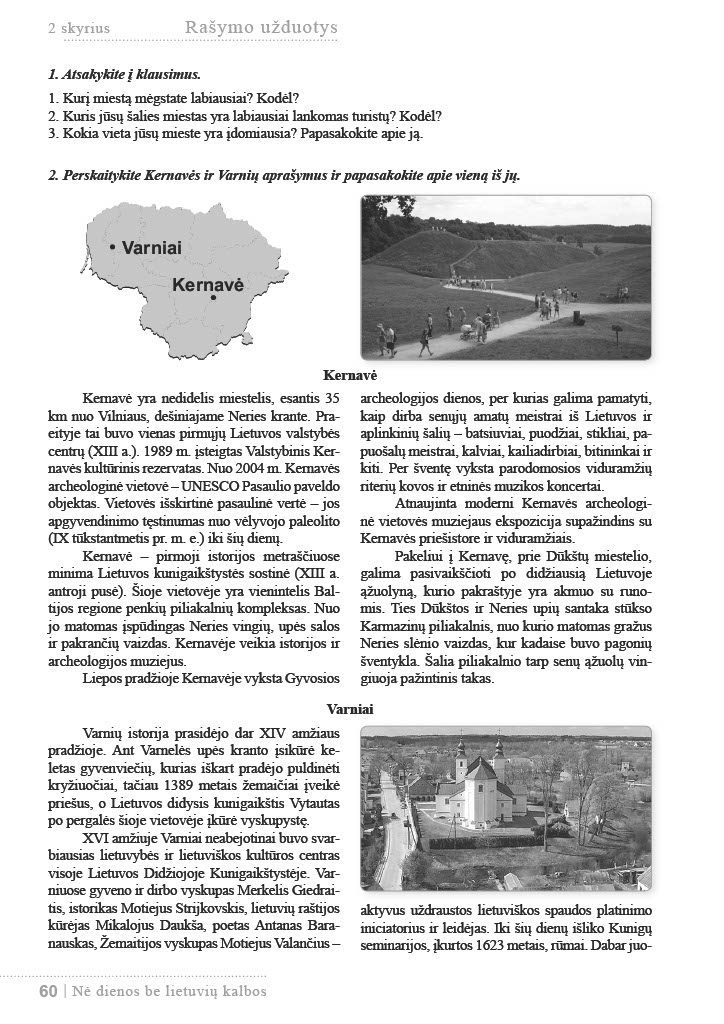
Language: lt